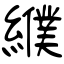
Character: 纀